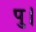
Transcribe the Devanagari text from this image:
पु।